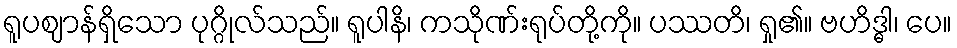
ရူပဈာန်ရှိသော ပုဂ္ဂိုလ်သည်။ ရူပါနိ၊ ကသိုဏ်းရုပ်တို့ကို။ ပဿတိ၊ ရှု၏။ ဗဟိဒ္ဓါ၊ ပေ။